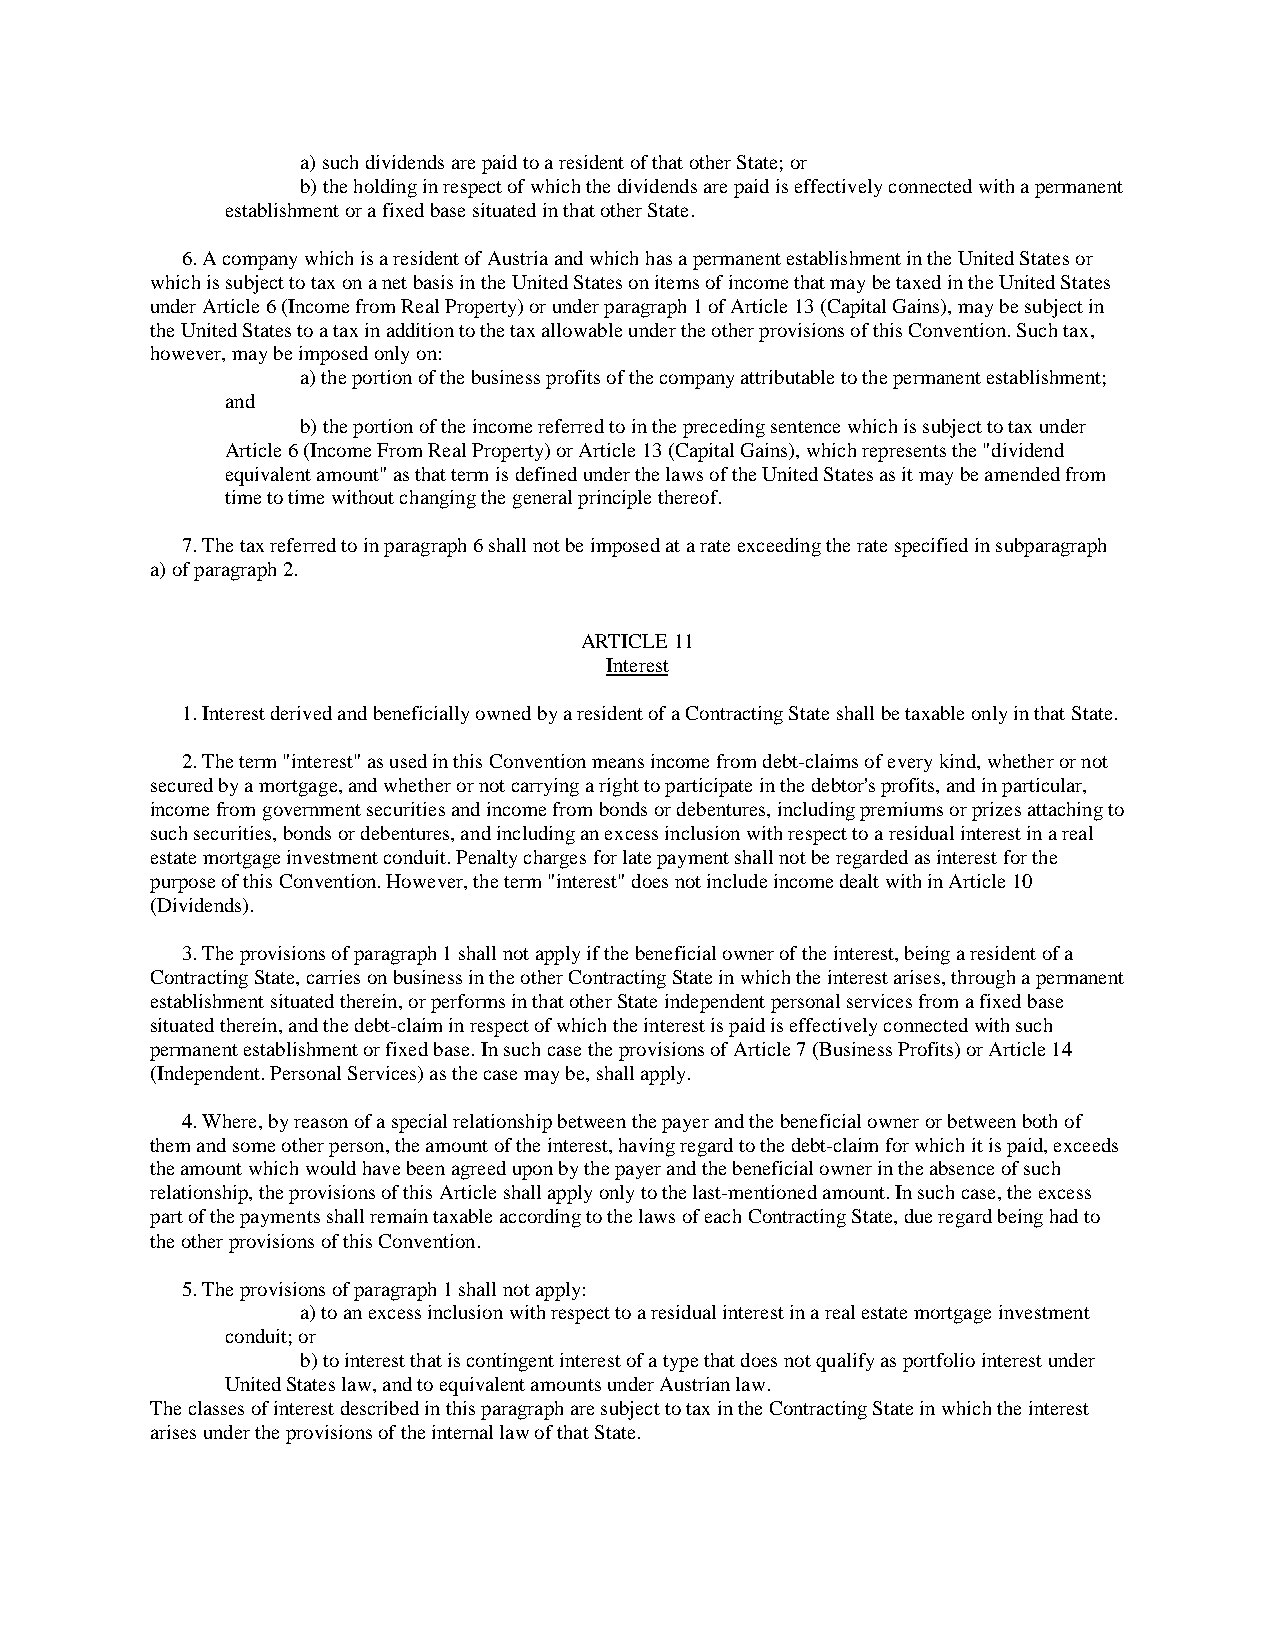
a) such dividends are paid to a resident of that other State; or
 b) the holding in respect of which the dividends are paid is effectively connected with a permanent
 establishment or a fixed base situated in that other State.
 6. A company which is a resident of Austria and which has a permanent establishment in the United States or
 which is subject to tax on a net basis in the United States on items of income that may be taxed in the United States
 under Article 6 (Income from Real Property) or under paragraph 1 of Article 13 (Capital Gains), may be subject in
 the United States to a tax in addition to the tax allowable under the other provisions of this Convention. Such tax,
 however, may be imposed only on:
 a) the portion of the business profits of the company attributable to the permanent establishment;
 and
 b) the portion of the income referred to in the preceding sentence which is subject to tax under
 Article 6 (Income From Real Property) or Article 13 (Capital Gains), which represents the "dividend
 equivalent amount" as that term is defined under the laws of the United States as it may be amended from
 time to time without changing the general principle thereof.
 7. The tax referred to in paragraph 6 shall not be imposed at a rate exceeding the rate specified in subparagraph
 a) of paragraph 2.
 ARTICLE 11
 Interest
 1. Interest derived and beneficially owned by a resident of a Contracting State shall be taxable only in that State.
 2. The term "interest" as used in this Convention means income from debt-claims of every kind, whether or not
 secured by a mortgage, and whether or not carrying a right to participate in the debtor's profits, and in particular,
 income from government securities and income from bonds or debentures, including premiums or prizes attaching to
 such securities, bonds or debentures, and including an excess inclusion with respect to a residual interest in a real
 estate mortgage investment conduit. Penalty charges for late payment shall not be regarded as interest for the
 purpose of this Convention. However, the term "interest" does not include income dealt with in Article 10
 (Dividends).
 3. The provisions of paragraph 1 shall not apply if the beneficial owner of the interest, being a resident of a
 Contracting State, carries on business in the other Contracting State in which the interest arises, through a permanent
 establishment situated therein, or performs in that other State independent personal services from a fixed base
 situated therein, and the debt-claim in respect of which the interest is paid is effectively connected with such
 permanent establishment or fixed base. In such case the provisions of Article 7 (Business Profits) or Article 14
 (Independent. Personal Services) as the case may be, shall apply.
 4. Where, by reason of a special relationship between the payer and the beneficial owner or between both of
 them and some other person, the amount of the interest, having regard to the debt-claim for which it is paid, exceeds
 the amount which would have been agreed upon by the payer and the beneficial owner in the absence of such
 relationship, the provisions of this Article shall apply only to the last-mentioned amount. In such case, the excess
 part of the payments shall remain taxable according to the laws of each Contracting State, due regard being had to
 the other provisions of this Convention.
 5. The provisions of paragraph 1 shall not apply:
 a) to an excess inclusion with respect to a residual interest in a real estate mortgage investment
 conduit; or
 b) to interest that is contingent interest of a type that does not qualify as portfolio interest under
 United States law, and to equivalent amounts under Austrian law.
 The classes of interest described in this paragraph are subject to tax in the Contracting State in which the interest
 arises under the provisions of the internal law of that State.